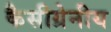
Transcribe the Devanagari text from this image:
कैसीग्रेनीय